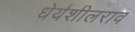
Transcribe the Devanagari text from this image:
धेर्यशीलराव